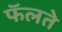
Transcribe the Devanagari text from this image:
फॅलते